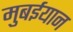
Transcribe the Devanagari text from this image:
मुबईयान